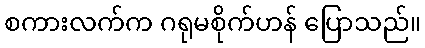
စကားလက်က ဂရုမစိုက်ဟန် ပြောသည်။